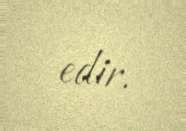
edir.